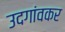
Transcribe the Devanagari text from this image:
उदगांवकर